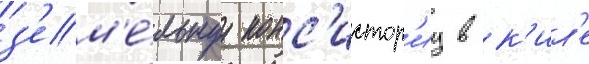
з'ем'е́льнуу конс'истор'иу в к'ил'е